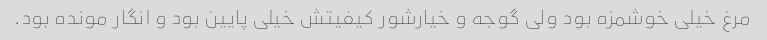
مرغ خیلی خوشمزه بود ولی گوجه و خیارشور کیفیتش خیلی پایین بود و انگار مونده بود.